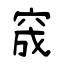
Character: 窚